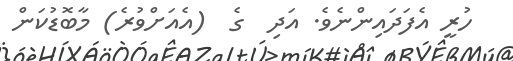
ހުރީ އެފަދައިންނެވެ. އަދި  ގެ  (އެއަށްވުރެ) މާބޮޑުކަން